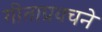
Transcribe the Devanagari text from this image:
गीताप्रवचने